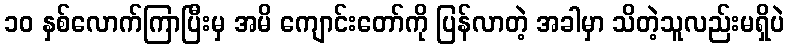
၁၀ နှစ်လောက်ကြာပြီးမှ အမိ ကျောင်းတော်ကို ပြန်လာတဲ့ အခါမှာ သိတဲ့သူလည်းမရှိပဲ